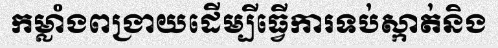
កម្លាំងពង្រាយដើម្បីធ្វើការទប់ស្កាត់និង